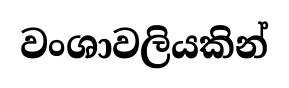
වංශාවලියකින්